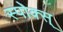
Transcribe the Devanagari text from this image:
स्पोक्स्